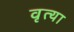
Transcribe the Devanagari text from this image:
वृत्या